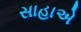
સાહાએ